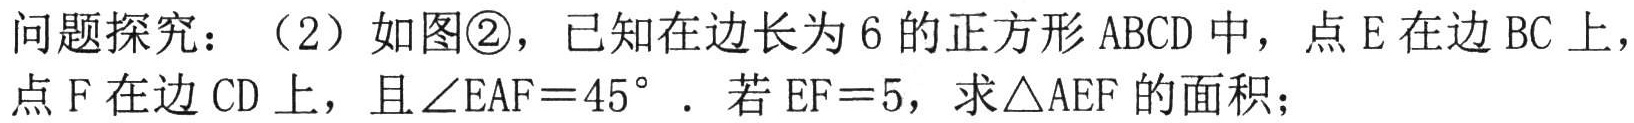
问题探究：（2）如图\textcircled{2}，已知在边长为6的正方形\(ABCD\)中，点\(E\)在边\(BC\)上，点\(F\)在边\(CD\)上，且\(\angle EAF = 45^{\circ}\). 若\(EF = 5\)，求\(\triangle AEF\)的面积；